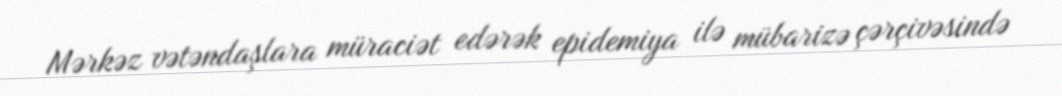
Mərkəz vətəndaşlara müraciət edərək epidemiya ilə mübarizə çərçivəsində